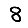
Digit: 8